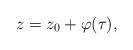
LaTeX: \begin{align*}z=z_0+ \varphi(\tau),\end{align*}